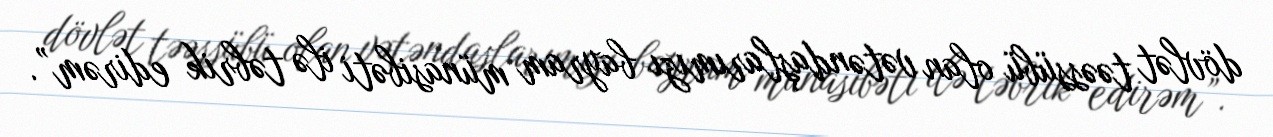
dövlət təəssübü olan vətəndaşlarımızı bayram münasibəti ilə təbrik edirəm”.